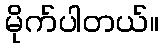
မိုက်ပါတယ်။